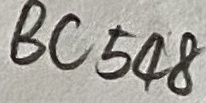
Text: BC548